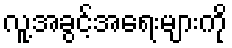
လူ့အခွင့်အရေးများကို